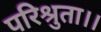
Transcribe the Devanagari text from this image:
परिश्रुता।।